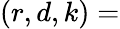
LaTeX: (r,d,k)=